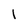
Character: 1